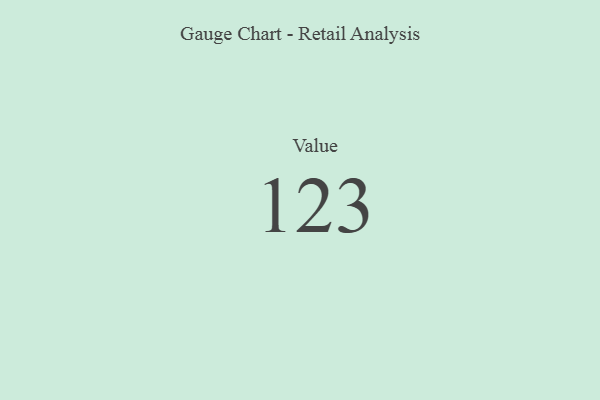
{"axis": {"x": "Metric", "y": "Value"}, "legend": [""], "data": [{"x": "Value", "y": 123, "type": ""}]}